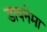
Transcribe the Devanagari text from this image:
डायनेमा